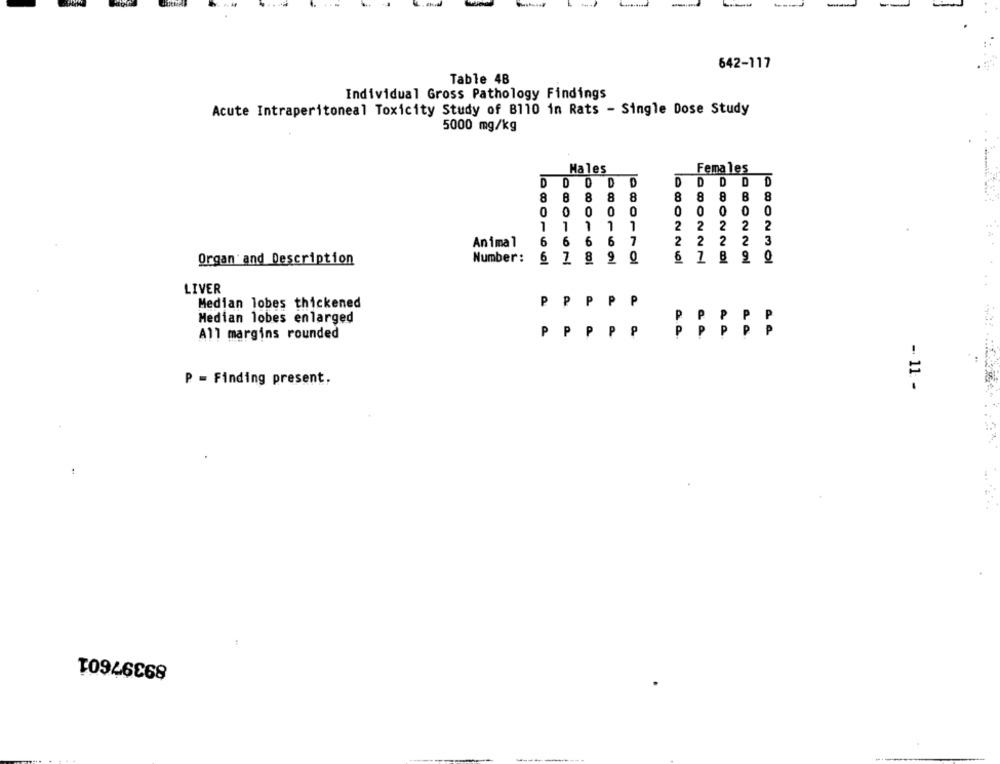
---
--
642-117
Table 48
Individual Gross Pathology Findings
Acute Intraperitoneal Toxicity Study of B110 in Rats - Single Dose Study
5000 mg/kg
Females
Males
D
D
0
D
D
D
D
D
8
8
8
8
8
8
8
8
0
0
0
0
0
0
O
1
1
7
1
2
2
2
2
2
Animal
16
6
6
6
7
2
2
2
2
3
Organ and Description
Number:
6 7 8
6
B
4.4
LIVER
Median lobes thickened
P
P
P
P
P
Median lobes enlarged
A
All margins rounded
PP
P
P
P
a
a
La
P = Finding present.
- 11 -
:
89397601